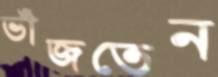
ভাঁজতেন